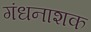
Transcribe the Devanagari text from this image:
गंधनाशक